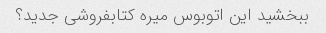
ببخشید این اتوبوس میره کتابفروشی جدید؟